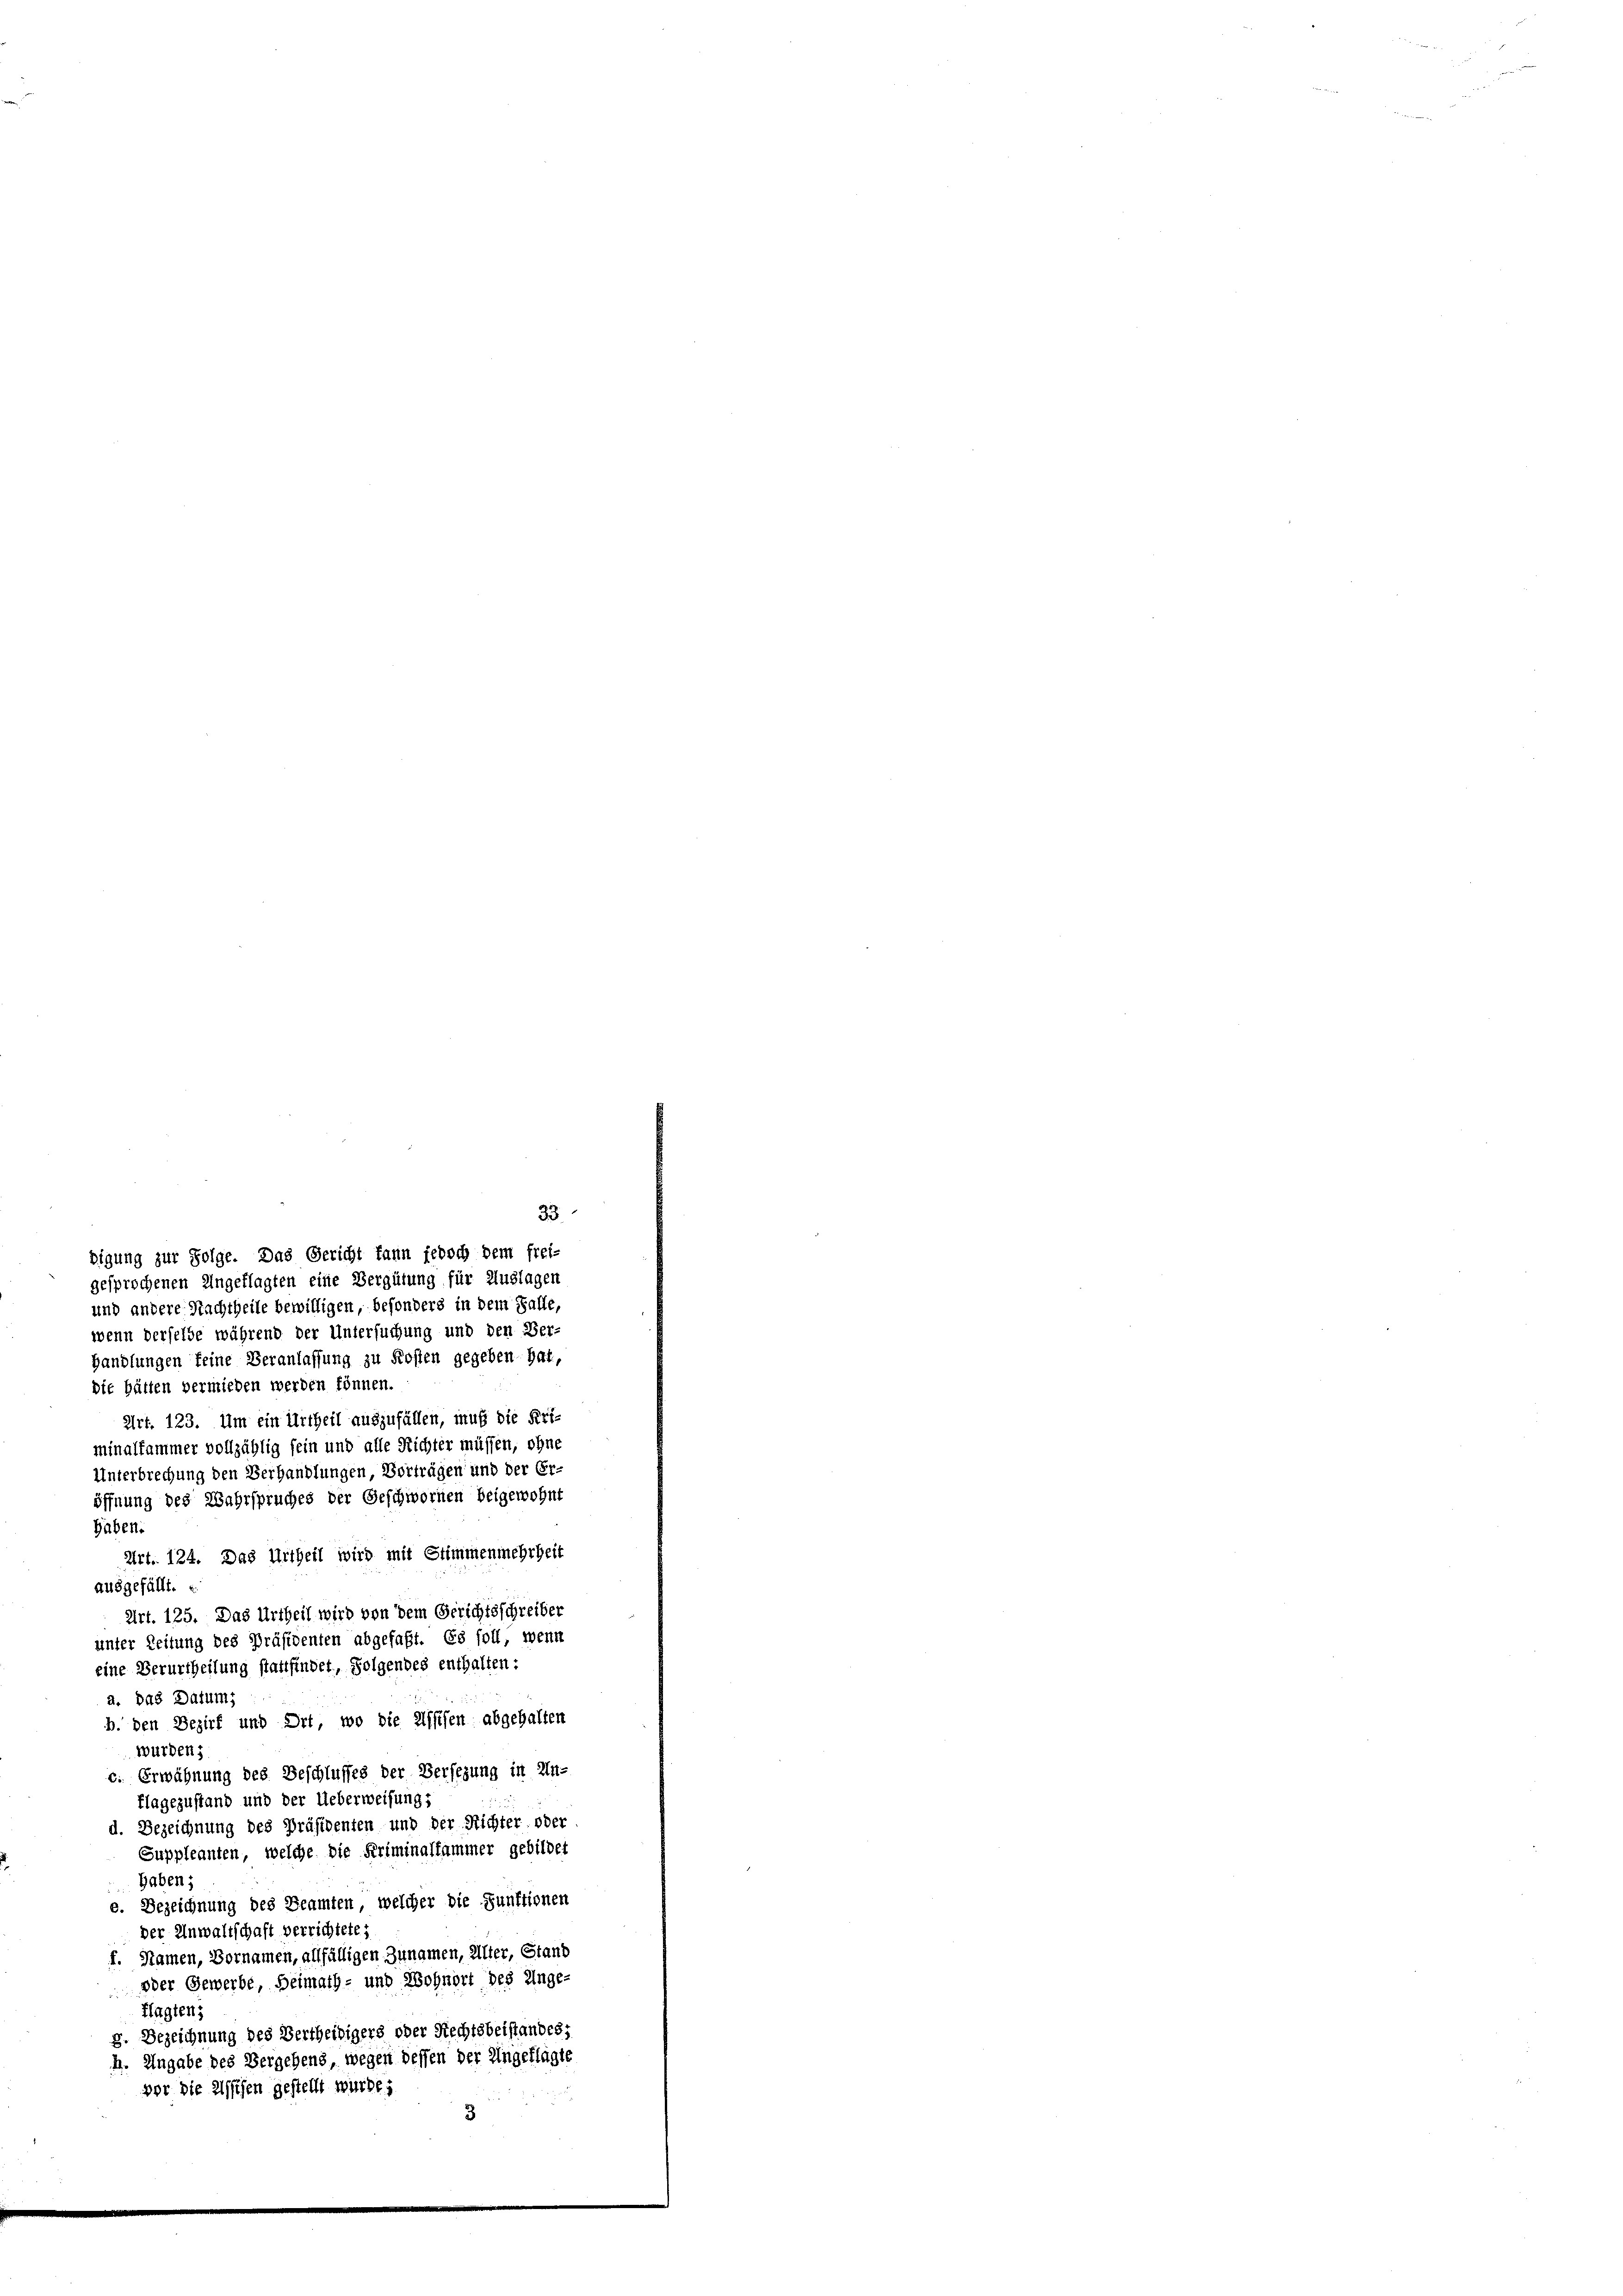
digung zur Folge. Das Gericht kann jedoch dem frei-
gesprochenen Angeklagten eine Vergütung für Auslagen
und andere Nachtheile bewilligen, besonders in dem Falle,
wenn derselbe während der Untersuchung und den Ver-
Handlungen feine Veranlassung zu Kosten gegeben hat,
die hätten vermieden werden können.
Art. 123. Um ein Urtheil auszufällen, muß die Pri-
minalfammer vollzählig sein und alle Richter müssen, ohne
Unterbrechung den Verhandlungen Vorträgen und der Er-
öffnung des Wahrspruches der Geschwornen beigewohnt
Haben.
Art. 124. Das Urtheil wird mit Stimmenmehrheit
ausgefällt. E
Art. 125. Das Urtheil wird von dem Gerichtsschreiber
unter Zeitung des Präsidenten abgefaßt. Es soll, wenn
eine Verurtheilung stattfindet, folgendes enthalten:
a. Das Datums
b. den Bezirk und Ort, wo die Assisen abgehalten
wurden;
c. Erwähnung des Beschlusses der Versezung in In-
flagezustand und der Ueberweisung,
d. Bezeichnung des Präsidenten und der Richter oder
Suppleanten, welche die Kriminalfammer gebildet
Gaben;
e. Bezeichnung des Beamten, welcher die Funktionen
der Anwaltschaft verrichtete;
f. Namen, Bornamen, allfälligen Zunamen, Aller, Stand
oder Gewerbe, Heimath- und Wohnort des Unge-
Flagten;
g. Bezeichnung des Bertheidigers oder Rechtsbeistandes;
M. Angabe des Vergehens, wegen dessen der Ungeklagte
vor die Assesen gestellt wurde.
3

33